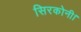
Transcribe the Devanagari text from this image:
सिरकोनी।